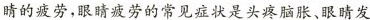
睛的疲劳，眼睛疲劳的常见症状是头疼脑胀、眼睛发